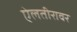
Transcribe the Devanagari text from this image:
ऐलतीरावर